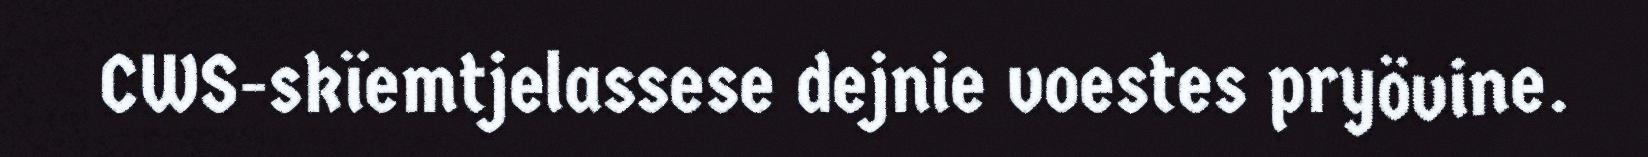
CWS-skïemtjelassese dejnie voestes pryövine.